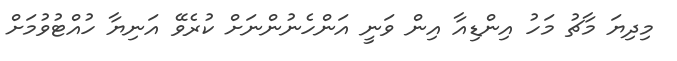
މިދިޔަ މާޗު މަހު އިންޑިއާ އިން ވަނީ އަންހެނުންނަށް ކުރެވޭ އަނިޔާ ހުއްޓުވުމަށް